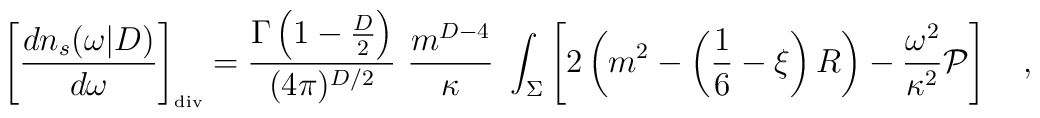
\left[{dn_s(\omega|D) \over d\omega}\right]_{\tiny\mbox{div}}={\Gamma\left(1-\frac D2\right) \over (4\pi)^{D/2}}\,\, {m^{D-4} \over \kappa}\,\, \int_{\Sigma}\left[2\left(m^2-\left(\frac 16 -\xi\right)R\right)-{\omega^2\over \kappa^2}{\cal P}\right]~~~,